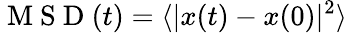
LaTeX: \mathrm{~M~S~D~}(t)=\langle\vert x(t)-x(0)\vert^{2}\rangle